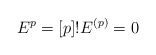
\begin{align*}E^p=[p]!E^{(p)}=0\end{align*}